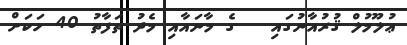
ޢުލޫމުލް ޤުރުއާނުގައި   ގެ މާނައާއި މެދު ތަފާތު 40 ހަކަށް